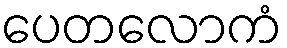
ပေတလောကံ